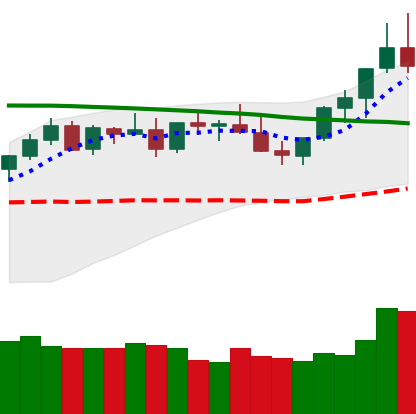
Ticker: XMR-USD
Chart end date: 2021-08-24
Forward return: -5.193%
Label: down_5_7